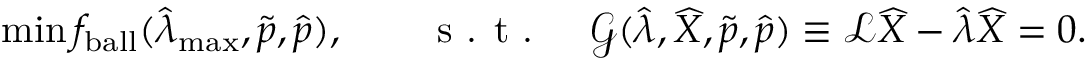
\operatorname* { m i n } f _ { \mathrm { { b a l l } } } ( \widehat { \lambda } _ { \mathrm { m a x } } , \widetilde { \boldsymbol { p } } , \widehat { \boldsymbol { p } } ) , \qquad \textrm { s . t . } \quad \mathcal { G } ( \widehat { \lambda } , \widehat { X } , \widetilde { \boldsymbol { p } } , \widehat { \boldsymbol { p } } ) \equiv \mathcal { L } \widehat { X } - \widehat { \lambda } \widehat { X } = 0 .